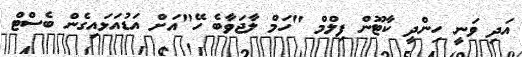
އަދި ވަނީ ހިންދީ ކާޓޫން ފިލްމް "ހަމް ލާޖަވާބެ ހޭ"އަށް އަޑުއަޅައިގެން ބެސްޓް